Annual administration and progress report of the Indian Medical Department, Bombay
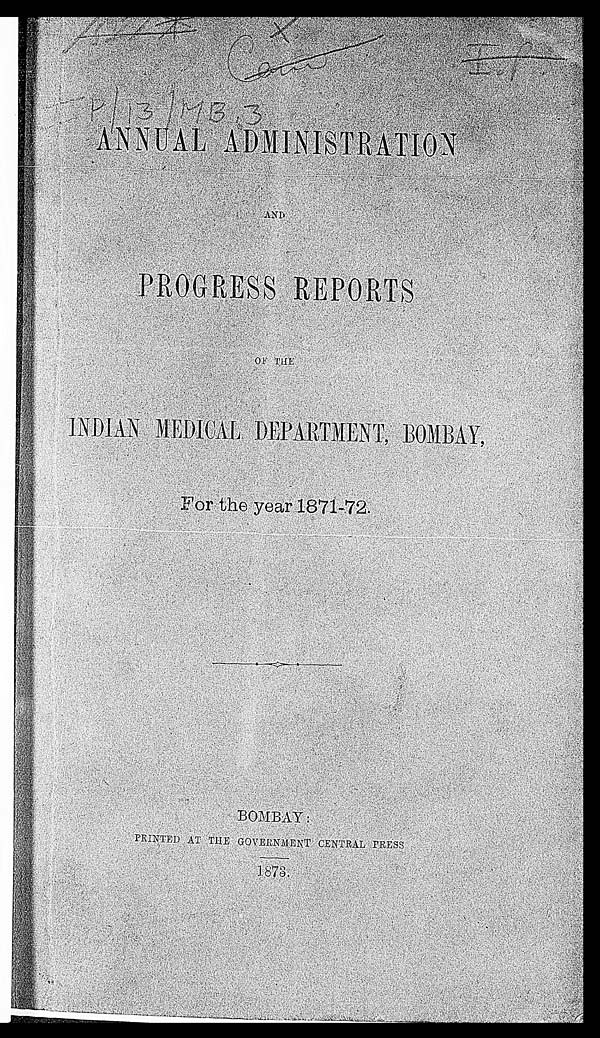
1591* Cam
I.P.
IP/13/MB 3
ANNUAL ADMINISTRATION
OF THE
I N D I A N M E D I C A L D E P A R T M E N T , B O M B A Y ,F
o r t h e y e a r 1 8 7 1 - 7 2 .
B O M B A Y :
P R I N T E D A T T H E G O V E R N M E N T C E N T R A L P R E S S
1 8 7 3 .